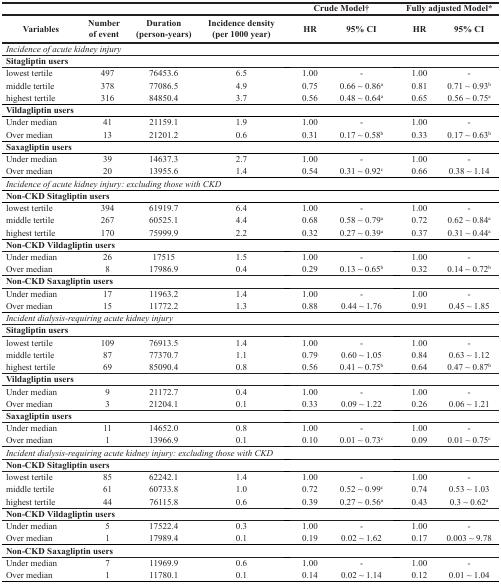
<table><thead><tr><td></td><td></td><td></td><td></td><td></td><td><b>Crude Model†</b></td><td></td><td><b>Fully adjusted Model*</b></td></tr><tr><td><b>Variables</b></td><td><b>Number of event</b></td><td><b>Duration (person-years)</b></td><td><b>Incidence density (per 1000 year)</b></td><td><b>HR</b></td><td><b>95% CI</b></td><td><b>HR</b></td><td><b>95% CI</b></td></tr></thead><tbody><tr><td colspan="8"><i>Incidence of acute kidney injury</i></td></tr><tr><td colspan="8"><b>Sitagliptin users</b></td></tr><tr><td>lowest tertile</td><td>497</td><td>76453.6</td><td>6.5</td><td>1.00</td><td>-</td><td>1.00</td><td>-</td></tr><tr><td>middle tertile</td><td>378</td><td>77086.5</td><td>4.9</td><td>0.75</td><td>0.66 ∼ 0.86<sup>a</sup></td><td>0.81</td><td>0.71 ∼ 0.93<sup>b</sup></td></tr><tr><td>highest tertile</td><td>316</td><td>84850.4</td><td>3.7</td><td>0.56</td><td>0.48 ∼ 0.64<sup>a</sup></td><td>0.65</td><td>0.56 ∼ 0.75<sup>a</sup></td></tr><tr><td colspan="8"><b>Vildagliptin users</b></td></tr><tr><td>Under median</td><td>41</td><td>21159.1</td><td>1.9</td><td>1.00</td><td>-</td><td>1.00</td><td>-</td></tr><tr><td>Over median</td><td>13</td><td>21201.2</td><td>0.6</td><td>0.31</td><td>0.17 ∼ 0.58<sup>b</sup></td><td>0.33</td><td>0.17 ∼ 0.63<sup>b</sup></td></tr><tr><td colspan="8"><b>Saxagliptin users</b></td></tr><tr><td>Under median</td><td>39</td><td>14637.3</td><td>2.7</td><td>1.00</td><td>-</td><td>1.00</td><td>-</td></tr><tr><td>Over median</td><td>20</td><td>13955.6</td><td>1.4</td><td>0.54</td><td>0.31 ∼ 0.92<sup>c</sup></td><td>0.66</td><td>0.38 ∼ 1.14</td></tr><tr><td colspan="8"><i>Incidence of acute kidney injury: excluding those with CKD</i></td></tr><tr><td colspan="8"><b>Non-CKD Sitagliptin users</b></td></tr><tr><td>lowest tertile</td><td>394</td><td>61919.7</td><td>6.4</td><td>1.00</td><td>-</td><td>1.00</td><td>-</td></tr><tr><td>middle tertile</td><td>267</td><td>60525.1</td><td>4.4</td><td>0.68</td><td>0.58 ∼ 0.79<sup>a</sup></td><td>0.72</td><td>0.62 ∼ 0.84<sup>a</sup></td></tr><tr><td>highest tertile</td><td>170</td><td>75999.9</td><td>2.2</td><td>0.32</td><td>0.27 ∼ 0.39<sup>a</sup></td><td>0.37</td><td>0.31 ∼ 0.44<sup>a</sup></td></tr><tr><td colspan="8"><b>Non-CKD Vildagliptin users</b></td></tr><tr><td>Under median</td><td>26</td><td>17515</td><td>1.5</td><td>1.00</td><td>-</td><td>1.00</td><td>-</td></tr><tr><td>Over median</td><td>8</td><td>17986.9</td><td>0.4</td><td>0.29</td><td>0.13 ∼ 0.65<sup>b</sup></td><td>0.32</td><td>0.14 ∼ 0.72<sup>b</sup></td></tr><tr><td colspan="8"><b>Non-CKD Saxagliptin users</b></td></tr><tr><td>Under median</td><td>17</td><td>11963.2</td><td>1.4</td><td>1.00</td><td>-</td><td>1.00</td><td>-</td></tr><tr><td>Over median</td><td>15</td><td>11772.2</td><td>1.3</td><td>0.88</td><td>0.44 ∼ 1.76</td><td>0.91</td><td>0.45 ∼ 1.85</td></tr><tr><td colspan="8"><i>Incident dialysis-requiring acute kidney injury</i></td></tr><tr><td colspan="8"><b>Sitagliptin users</b></td></tr><tr><td>lowest tertile</td><td>109</td><td>76913.5</td><td>1.4</td><td>1.00</td><td>-</td><td>1.00</td><td>-</td></tr><tr><td>middle tertile</td><td>87</td><td>77370.7</td><td>1.1</td><td>0.79</td><td>0.60 ∼ 1.05</td><td>0.84</td><td>0.63 ∼ 1.12</td></tr><tr><td>highest tertile</td><td>69</td><td>85090.4</td><td>0.8</td><td>0.56</td><td>0.41 ∼ 0.75<sup>b</sup></td><td>0.64</td><td>0.47 ∼ 0.87<sup>b</sup></td></tr><tr><td colspan="8"><b>Vildagliptin users</b></td></tr><tr><td>Under median</td><td>9</td><td>21172.7</td><td>0.4</td><td>1.00</td><td>-</td><td>1.00</td><td>-</td></tr><tr><td>Over median</td><td>3</td><td>21204.1</td><td>0.1</td><td>0.33</td><td>0.09 ∼ 1.22</td><td>0.26</td><td>0.06 ∼ 1.21</td></tr><tr><td colspan="8"><b>Saxagliptin users</b></td></tr><tr><td>Under median</td><td>11</td><td>14652.0</td><td>0.8</td><td>1.00</td><td>-</td><td>1.00</td><td>-</td></tr><tr><td>Over median</td><td>1</td><td>13966.9</td><td>0.1</td><td>0.10</td><td>0.01 ∼ 0.73<sup>c</sup></td><td>0.09</td><td>0.01 ∼ 0.75<sup>c</sup></td></tr><tr><td colspan="8"><i>Incident dialysis-requiring acute kidney injury: excluding those with CKD</i></td></tr><tr><td colspan="8"><b>Non-CKD Sitagliptin users</b></td></tr><tr><td>lowest tertile</td><td>85</td><td>62242.1</td><td>1.4</td><td>1.00</td><td>-</td><td>1.00</td><td>-</td></tr><tr><td>middle tertile</td><td>61</td><td>60733.8</td><td>1.0</td><td>0.72</td><td>0.52 ∼ 0.99<sup>c</sup></td><td>0.74</td><td>0.53 ∼ 1.03</td></tr><tr><td>highest tertile</td><td>44</td><td>76115.8</td><td>0.6</td><td>0.39</td><td>0.27 ∼ 0.56<sup>a</sup></td><td>0.43</td><td>0.3 ∼ 0.62<sup>a</sup></td></tr><tr><td colspan="8"><b>Non-CKD Vildagliptin users</b></td></tr><tr><td>Under median</td><td>5</td><td>17522.4</td><td>0.3</td><td>1.00</td><td>-</td><td>1.00</td><td>-</td></tr><tr><td>Over median</td><td>1</td><td>17989.4</td><td>0.1</td><td>0.19</td><td>0.02 ∼ 1.62</td><td>0.17</td><td>0.003 ∼ 9.78</td></tr><tr><td colspan="8"><b>Non-CKD Saxagliptin users</b></td></tr><tr><td>Under median</td><td>7</td><td>11969.9</td><td>0.6</td><td>1.00</td><td>-</td><td>1.00</td><td>-</td></tr><tr><td>Over median</td><td>1</td><td>11780.1</td><td>0.1</td><td>0.14</td><td>0.02 ∼ 1.14</td><td>0.12</td><td>0.01 ∼ 1.04</td></tr></tbody></table>